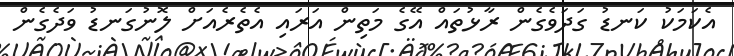
އެކަމަކު ކަނޑު ގަދަވެގެންް ރާޅުތައް އޭގެ މަތިން އަރައި އެތެރެއަށް ލޮނުގަނޑު ވަދެގެން